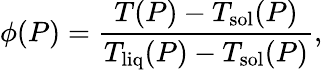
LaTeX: \phi(P)=\frac{T(P)-T_{\mathrm{sol}}(P)}{T_{\mathrm{liq}}(P)-T_{\mathrm{sol}}(P)},